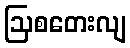
ဩစတေးလျ